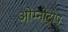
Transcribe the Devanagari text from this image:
ओम्नीट्रोप